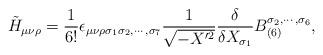
LaTeX: \begin{align*}\tilde{H}_{\mu\nu\rho}=\frac{1}{6!} \epsilon_{\mu\nu\rho\sigma_1\sigma_2,\cdots, \sigma_7}\frac{1}{\sqrt{-X'^{2}}} \frac{\delta}{\delta X_{\sigma_1}}B_{(6)}^{\sigma_2, \cdots,\sigma_6},\end{align*}